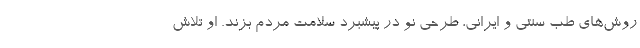
روش‌های طب سنتی و ایرانی، طرحی نو در پیشبرد سلامت مردم بزند. او تلاش